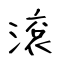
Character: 滾